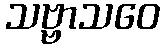
သဗ္ဗာသဝေ